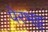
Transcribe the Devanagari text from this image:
पेरभट्ट